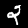
Label: 2